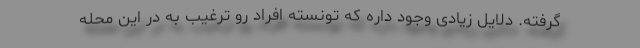
گرفته. دلایل زیادی وجود داره که تونسته افراد رو ترغیب به در این محله